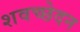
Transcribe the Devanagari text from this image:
शवच्छेदन